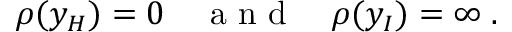
\rho ( y _ { H } ) = 0 \quad \textrm { a n d } \quad \rho ( y _ { I } ) = \infty \; .